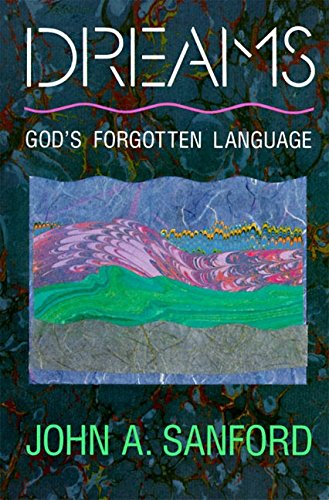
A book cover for Dreams: God's Forgotten Language; John A. Sanford; Self-Help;